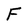
Character: F